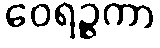
ဝေရဉ္ဇကာ